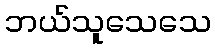
ဘယ်သူသေသေ